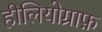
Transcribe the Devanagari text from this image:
हीलियोग्राफ़